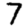
Digit: 7